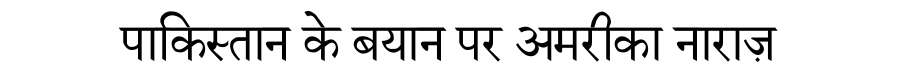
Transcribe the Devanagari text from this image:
पाकिस्तान के बयान पर अमरीका नाराज़